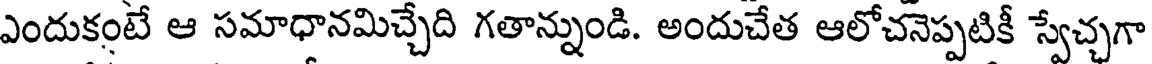
ఎందుకంటే ఆ సమాధానమిచ్చేది గతాన్నుండి. అందుచేత ఆలోచనెప్పటికీ స్వేచ్చగా